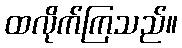
ထလိုက်ကြသည်။